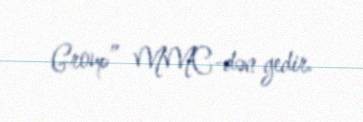
Group” MMC-dən gedir.